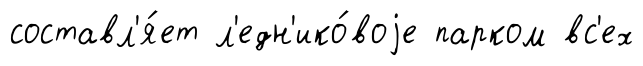
составл'я́ет л'едн'ико́воjе парком вс'ех